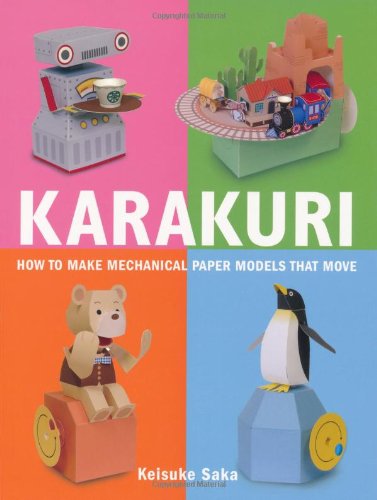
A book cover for Karakuri: How to Make Mechanical Paper Models That Move; Keisuke Saka; Crafts, Hobbies & Home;